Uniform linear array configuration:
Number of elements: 4
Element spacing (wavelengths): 0.5
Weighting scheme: kaiser
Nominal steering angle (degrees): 0
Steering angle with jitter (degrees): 1.496
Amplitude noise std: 0.05
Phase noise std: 0.05

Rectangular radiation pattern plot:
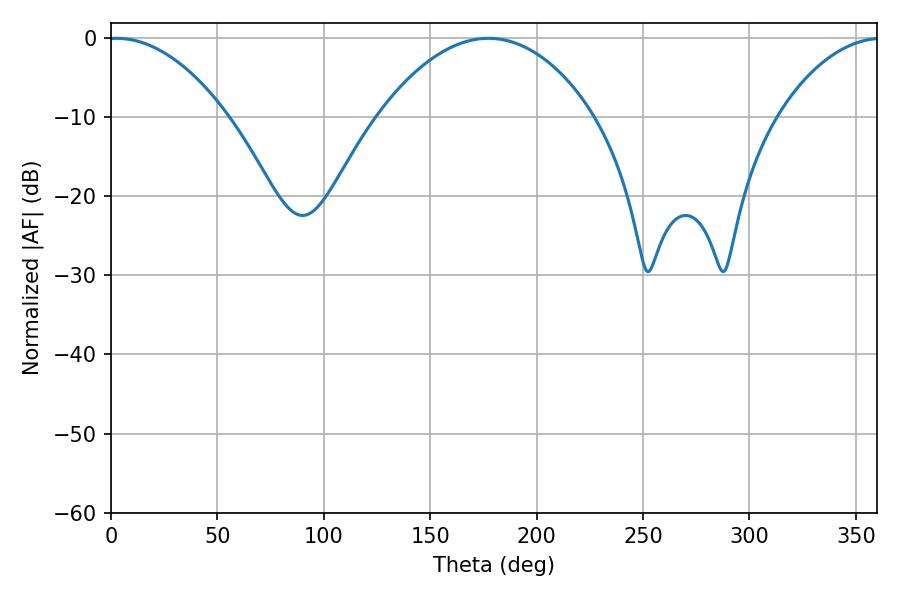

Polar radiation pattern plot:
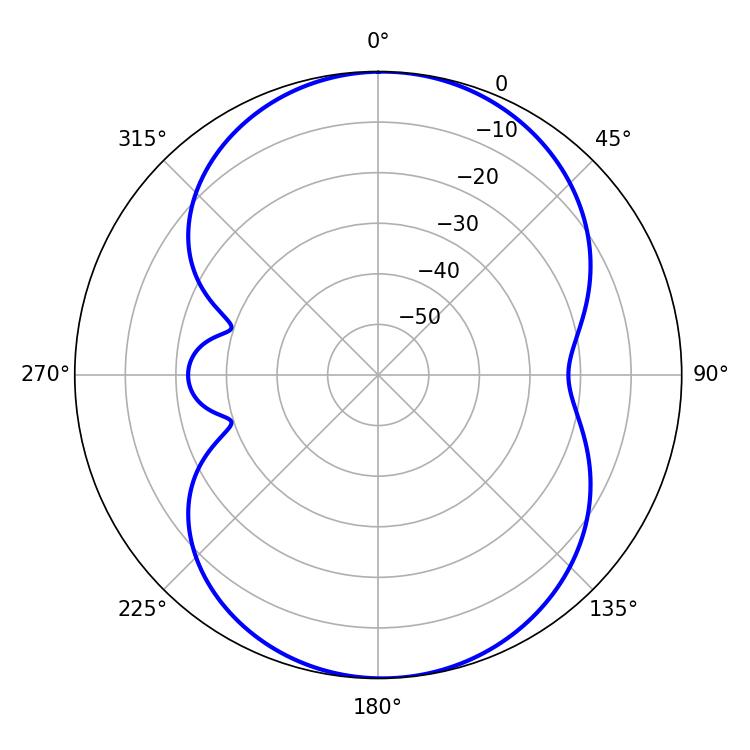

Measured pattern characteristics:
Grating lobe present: FALSE
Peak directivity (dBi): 12.118
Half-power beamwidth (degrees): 31.32
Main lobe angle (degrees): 2.7